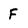
Character: F